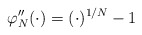
\begin{align*}\varphi_N''(\cdot)=(\cdot)^{1/N}-1\end{align*}